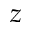
z